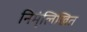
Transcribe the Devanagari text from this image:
निम्ंलिखित